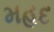
મહદ